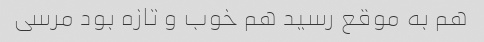
هم به موقع رسید هم خوب و تازه بود مرسی